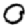
Digit: 0